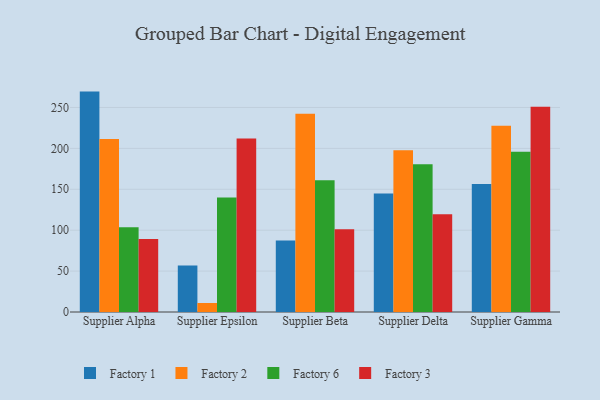
{"axis": {"x": "Supplier", "y": "Temperature (°C)"}, "legend": ["Factory 1", "Factory 2", "Factory 3", "Factory 6"], "data": [{"x": "Supplier Alpha", "y": 269.4, "type": "Factory 1"}, {"x": "Supplier Alpha", "y": 211.4, "type": "Factory 2"}, {"x": "Supplier Alpha", "y": 103.6, "type": "Factory 6"}, {"x": "Supplier Alpha", "y": 89.1, "type": "Factory 3"}, {"x": "Supplier Epsilon", "y": 56.8, "type": "Factory 1"}, {"x": "Supplier Epsilon", "y": 11.0, "type": "Factory 2"}, {"x": "Supplier Epsilon", "y": 139.9, "type": "Factory 6"}, {"x": "Supplier Epsilon", "y": 212.2, "type": "Factory 3"}, {"x": "Supplier Beta", "y": 87.5, "type": "Factory 1"}, {"x": "Supplier Beta", "y": 242.2, "type": "Factory 2"}, {"x": "Supplier Beta", "y": 160.9, "type": "Factory 6"}, {"x": "Supplier Beta", "y": 101.1, "type": "Factory 3"}, {"x": "Supplier Delta", "y": 144.7, "type": "Factory 1"}, {"x": "Supplier Delta", "y": 197.6, "type": "Factory 2"}, {"x": "Supplier Delta", "y": 180.5, "type": "Factory 6"}, {"x": "Supplier Delta", "y": 119.4, "type": "Factory 3"}, {"x": "Supplier Gamma", "y": 156.6, "type": "Factory 1"}, {"x": "Supplier Gamma", "y": 227.8, "type": "Factory 2"}, {"x": "Supplier Gamma", "y": 195.8, "type": "Factory 6"}, {"x": "Supplier Gamma", "y": 251.0, "type": "Factory 3"}]}